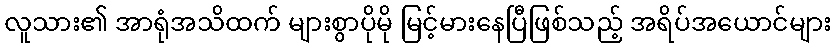
လူသား၏ အာရုံအသိထက် များစွာပိုမို မြင့်မားနေပြီဖြစ်သည့် အရိပ်အယောင်များ